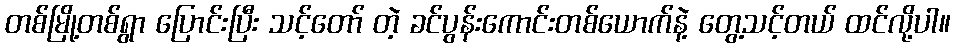
တစ်မြို့တစ်ရွာ ပြောင်းပြီး သင့်တော် တဲ့ ခင်ပွန်းကောင်းတစ်ယောက်နဲ့ တွေ့သင့်တယ် ထင်လို့ပါ။